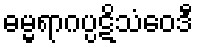
ဓမ္မရာဂပ္ပဋိသံဝေဒီ